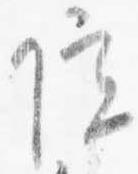
院